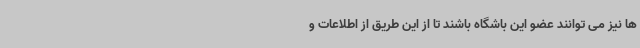
ها نیز می توانند عضو این باشگاه باشند تا از این طریق از اطلاعات و